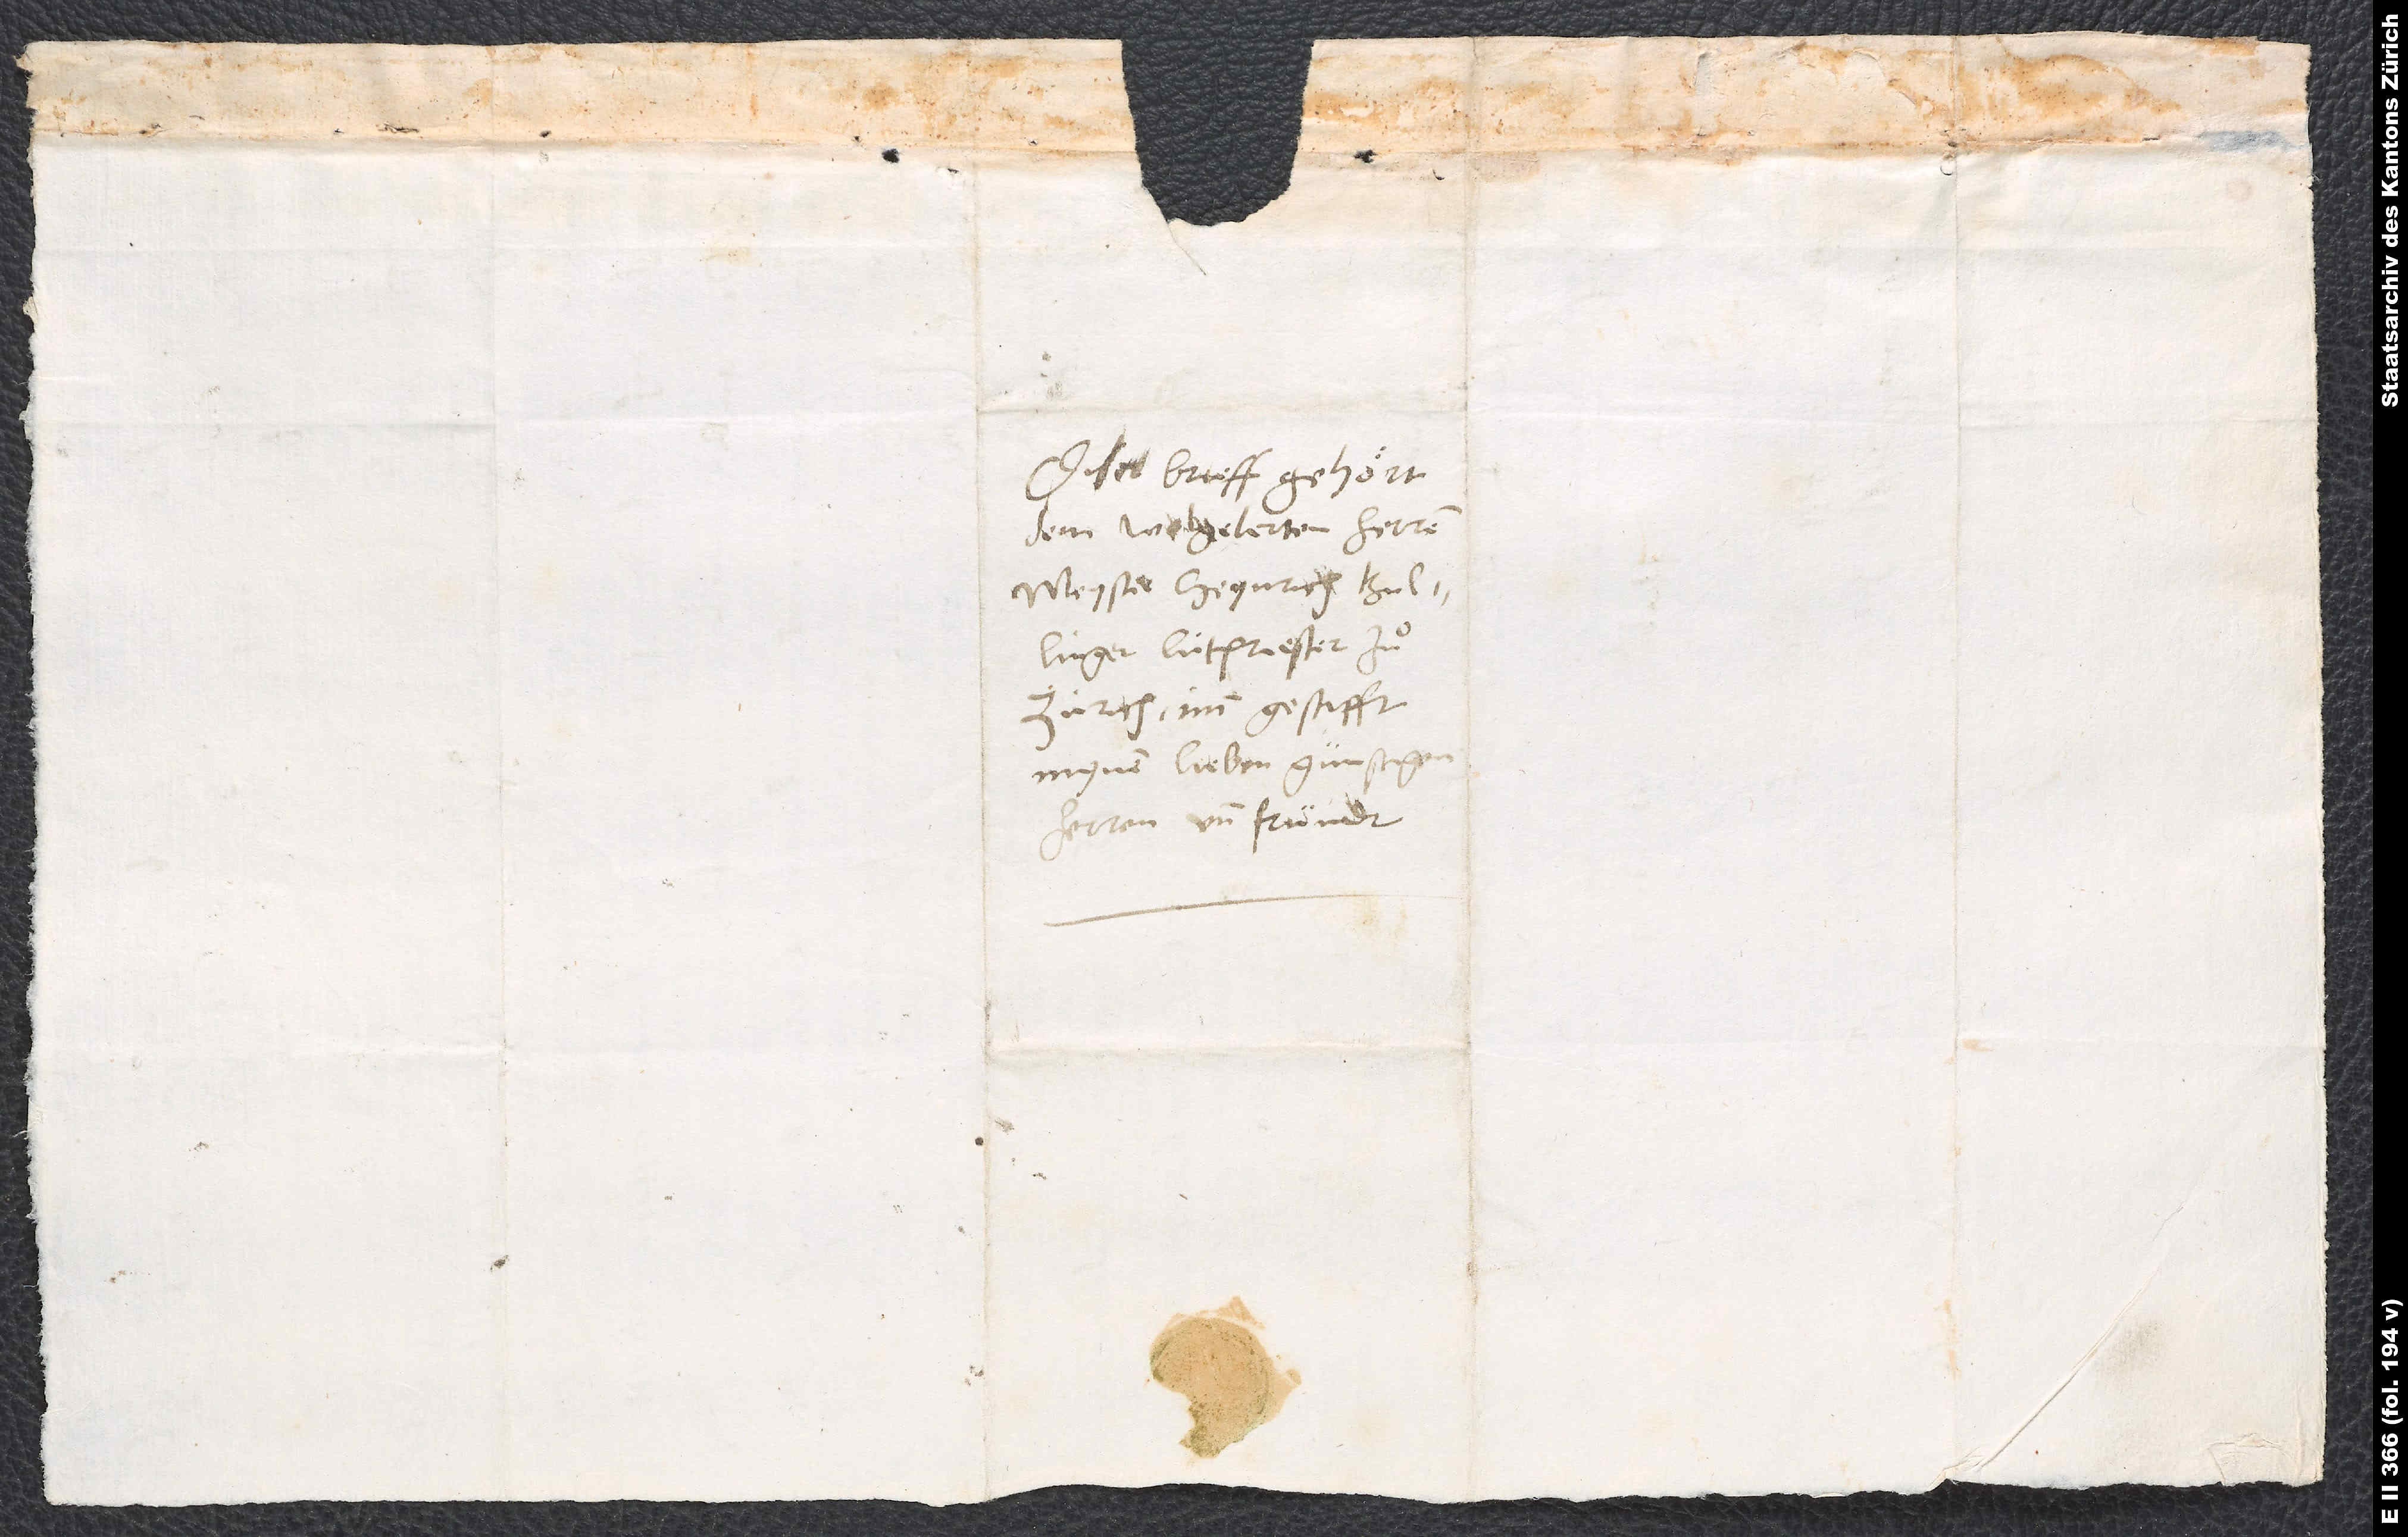
Diser brieff gehört
dem wolgelerten herren
meyster Heynrich Bullinger,
lütpriester zuͦ
Zürich im gestifft,
herren und fründt.